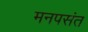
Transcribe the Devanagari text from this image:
मनपसंत